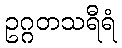
ဥဂ္ဂတသရီရံ